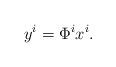
LaTeX: \begin{align*}y^{i}=\Phi^{i} x^{i}.\end{align*}